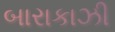
બારાકાઝી